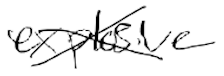
Text: explosive
Cross-out: cross
Writing tool: digital_black